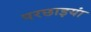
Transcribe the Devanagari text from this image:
परछाइयां